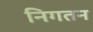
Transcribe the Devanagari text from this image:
निगतन